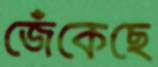
জেঁকেছে